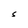
Character: S